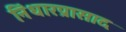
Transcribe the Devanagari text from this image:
निंधारप्रासाद